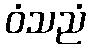
ဝံသညံ